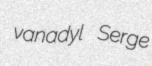
vanadyl Serge